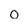
Character: 0